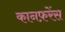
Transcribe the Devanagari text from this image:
कानफ़रेंस